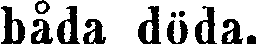
båda döda.